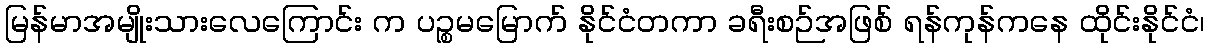
မြန်မာအမျိုးသားလေကြောင်း က ပဉ္စမမြောက် နိုင်ငံတကာ ခရီးစဉ်အဖြစ် ရန်ကုန်ကနေ ထိုင်းနိုင်ငံ၊